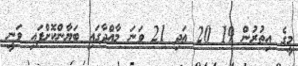
މީގެ އިތުރުން 19 20 އަދި 21 ވަނަ މާއްދާގައި ބަޔާންކޮށްފައި ވަނީ